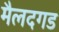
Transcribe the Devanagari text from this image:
मैलदगड